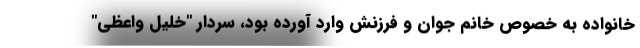
خانواده به خصوص خانم جوان و فرزنش وارد آورده بود، سردار "خلیل واعظی"